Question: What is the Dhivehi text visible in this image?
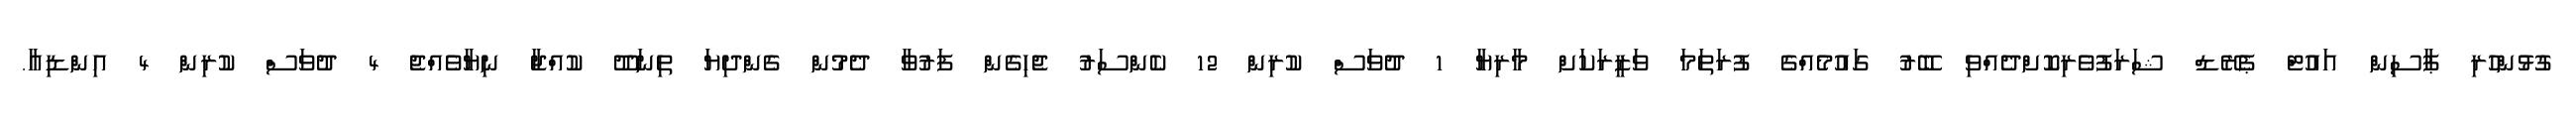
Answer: ގުޅުންހުރި ޕާސިން އައުޓް ޕެރޭޑް ޝަރަފުވެރިކޮށްދެއްވި ބޭރު ގައުމެއްގެ ފުރަތަމަ ވަޒީރަކަށް މާރިޔާ 1 ދުވަސް ކުރިން 12 ކެންސަރު ޖެހިގެން ފަރުވާ ދެމުން ގެންދިޔަ ތިނަދޫ ކުއްޖާ ނިޔާވެއްޖެ 4 ދުވަސް ކުރިން 4 އިންޑިއާ.